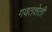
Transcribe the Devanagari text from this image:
गवतशेती